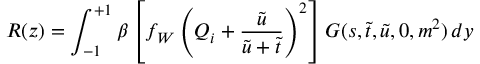
R ( z ) = \int _ { - 1 } ^ { + 1 } \beta \left[ f _ { W } \left( Q _ { i } + \frac { \tilde { u } } { \tilde { u } + \tilde { t } } \right) ^ { 2 } \right] G ( s , \tilde { t } , \tilde { u } , 0 , m ^ { 2 } ) \, d y